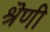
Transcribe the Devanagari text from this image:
श्रॆणी